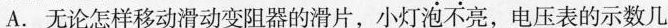
A.无论怎样移动滑动变阻器的滑片，小灯泡不亮，电压表的示数几